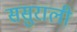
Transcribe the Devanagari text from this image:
ससुराली